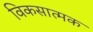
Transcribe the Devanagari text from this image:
विकसात्मक